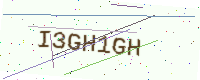
Text: I3GH1GH